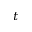
t